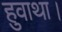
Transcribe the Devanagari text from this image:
हुवाथा।